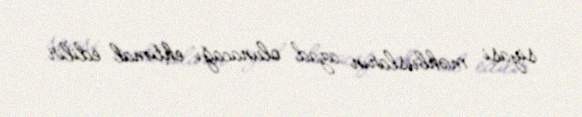
siyasi məhbusların azad olunacağı ehtimal edilir.